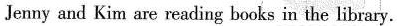
Jenny and Kim are reading books in the library.